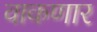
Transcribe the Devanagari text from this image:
वाकणार